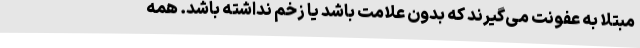
مبتلا به عفونت می‌گیرند که بدون علامت باشد یا زخم نداشته باشد. همهٔ